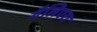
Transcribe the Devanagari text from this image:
गैलिएरा